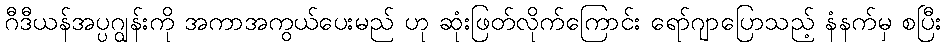
ဂီဒီယန်အပ္ပဂျွန်းကို အကာအကွယ်ပေးမည် ဟု ဆုံးဖြတ်လိုက်ကြောင်း ရော်ဂျာပြောသည့် နံနက်မှ စပြီး